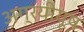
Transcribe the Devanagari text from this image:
अग्रयीयूष